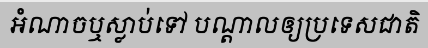
អំណាចឬស្លាប់ទៅ បណ្តាលឲ្យប្រទេសជាតិ